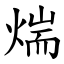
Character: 煓